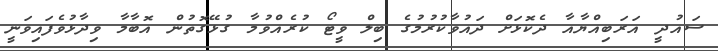
ސައުދީ އަރަބިއްޔާއާ ދެކޮޅަށް ދައުވާކުރުމުގެ ބިލް ވީޓޯ ކުރެއްވުމާ ގުޅޭގޮތުން އޮބާމާ ވިދާޅުވެފައިވަނީ